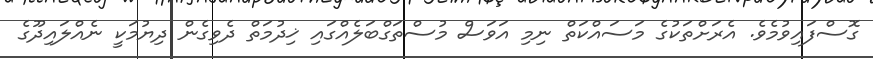
ގޮސްފައިވުމެވެ. އެރަށްތަކުގެ މަސައްކަތް ނިމި އަވަސް މުސްތަގްބަލެއްގައި ޚިދުމަތް ދެވިގެން ދިޔުމަކީ ނެއްލައިދޫގެ